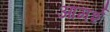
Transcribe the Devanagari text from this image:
आमर्श